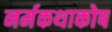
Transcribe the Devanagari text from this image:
नर्मकथाकोष